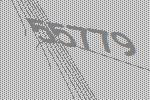
55779